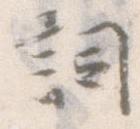
詞